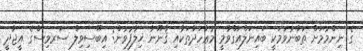
ގެ ނިންމުމަށް ތަބާނުވުމަކީ ބައިނަލްއަގްވާމީ މުޢާހަދާތަކާއި ޤާނޫނާ ޚިލާފުވުން: އިބޫސިވިލް ސަރވިސްގެ އީޖާދީ